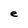
Character: e